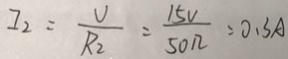
I _ { 2 } = \frac { V } { R _ { 2 } } = \frac { 1 5 V } { 5 0 \Omega } = 0 . 3 A